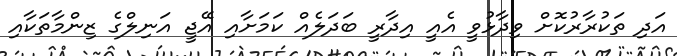
އަދި ތަކުރާރުކޮށް ވިދާޅުވީ އެއީ އިދާރީ ބަދަލެއް ކަމަށާއި އޭޖީ އަނިލްގެ ޒިންމާތަކާއި